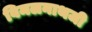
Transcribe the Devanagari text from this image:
विमलनाथजी